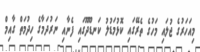
މިއަހަރުގެ ޖުލައި މަހުގެ ތެރޭގައި ކޮޅުމަޑުލު ކަނޑޫދޫގައި ފެނާއި ނަރުދަމާގެ ހިދުމަތް ގާއިމް